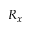
R _ { x }